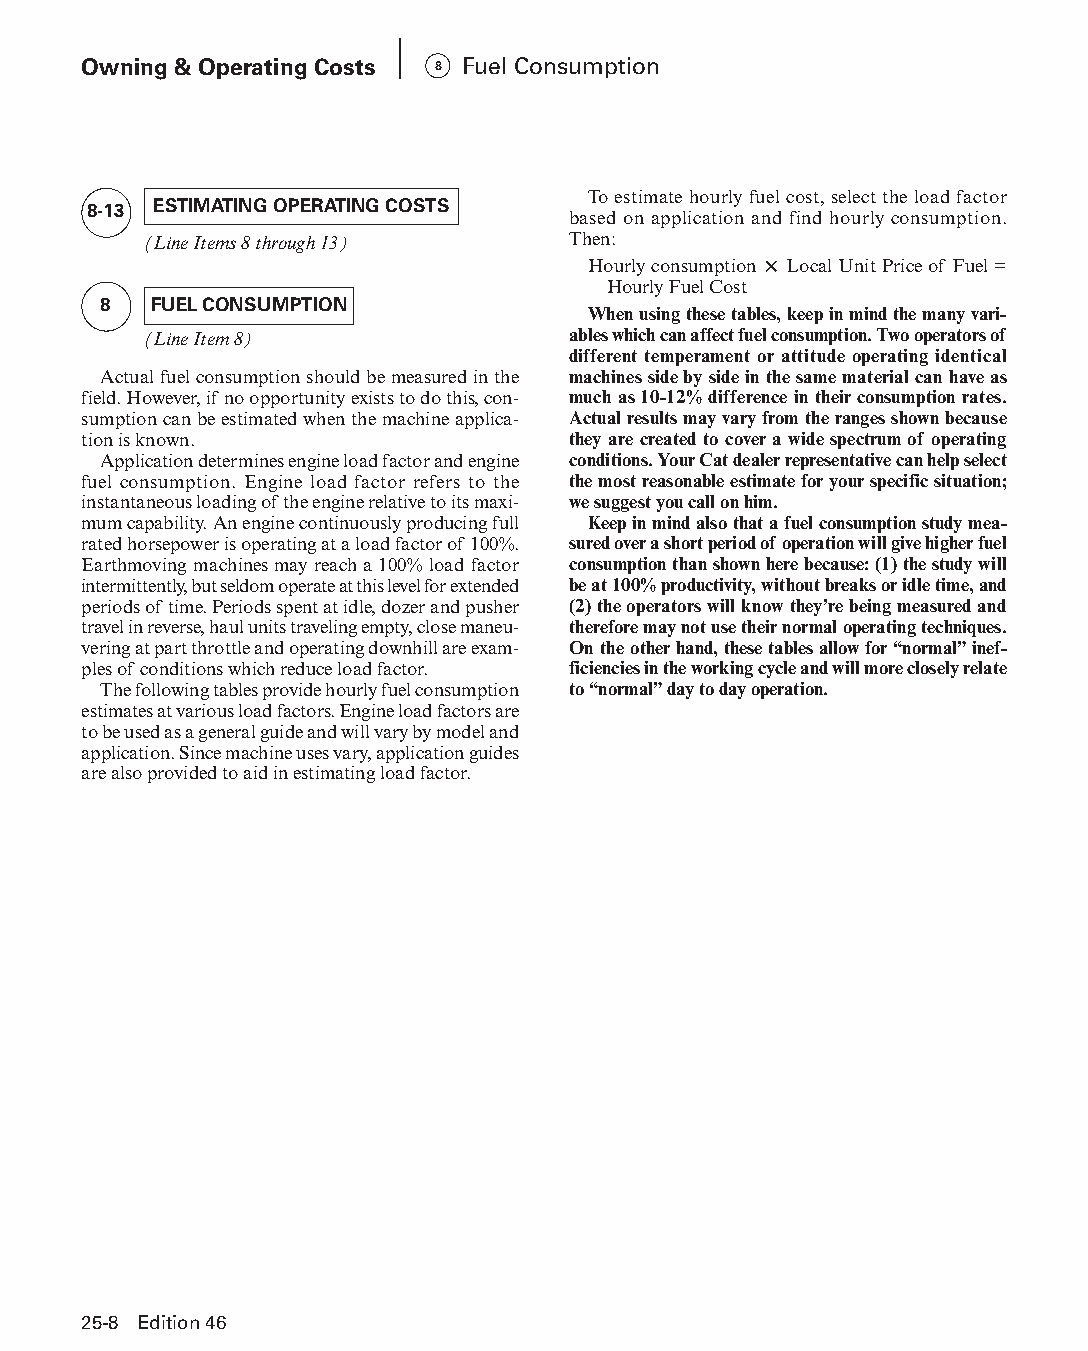
Owning & Operating Costs 8 Fuel Consumption
 To estimate hourly fuel cost, select the load factor
 8-13 ESTIMATING OPERATING COSTS
 based on application and find hourly consumption.
 (Line Items 8 through 13)   Then:
 Hourly consumption × Local Unit Price of Fuel =
 Hourly Fuel Cost
 8  FUEL CONSUMPTION
 When using these tables, keep in mind the many vari-
 (Line Item 8)               ables which can affect fuel consump tion. Two operators of
 different temperament or attitude operating identical
 Actual fuel consumption should be measured in the machines side by side in the same material can have as
 field. However, if no opportunity exists to do this, con- much as 10-12% difference in their consumption rates.
 sumption can be estimated when the machine applica- Actual results may vary from the ranges shown because
 tion is known.                  they are created to cover a wide spectrum of operating
 Application determines engine load factor and engine conditions. Your Cat dealer representative can help select
 fuel consumption. Engine load factor refers to the the most reasonable estimate for your specific situation;
 instantaneous loading of the engine relative to its maxi- we suggest you call on him.
 mum capability. An engine continuously producing full Keep in mind also that a fuel consumption study mea-
 rated horsepower is operating at a load factor of 100%. sured over a short period of operation will give higher fuel
 Earthmoving machines may reach a 100% load factor consumption than shown here because: (1) the study will
 intermittently, but seldom operate at this level for extended be at 100% productivity, without breaks or idle time, and
 periods of time. Periods spent at idle, dozer and pusher (2) the operators will know they’re being measured and
 travel in reverse, haul units traveling empty, close maneu- therefore may not use their normal operating techniques.
 vering at part throttle and operating downhill are exam- On the other hand, these tables allow for “normal” inef-
 ples of conditions which reduce load factor. ficiencies in the working cycle and will more closely relate
 The following tables provide hourly fuel consump tion to “normal” day to day operation.
 estimates at various load factors. Engine load factors are
 to be used as a general guide and will vary by model and
 application. Since machine uses vary, application guides
 are also provided to aid in estimating load factor.
 25-8 Edition 46
 PPHHBB--SSeecc2255--1166..iinndddd 88                          1122//44//1155 1111::1166 AAMM